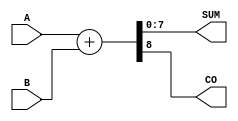
module ParametrizedAdder #(
    parameter WIDTH = 8  // Default bit width is set to 8 bits
)(
    input  wire [WIDTH-1:0] A,  // Input A
    input  wire [WIDTH-1:0] B,  // Input B
    output wire [WIDTH-1:0] SUM, // Output SUM
    output wire               CO   // Carry-out (overflow)
);

    // Behavioral description of the adder
    assign {CO, SUM} = A + B; // Concatenate carry-out with SUM

endmodule